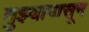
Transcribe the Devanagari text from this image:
तुझ्यापासून